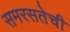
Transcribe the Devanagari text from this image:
समरसतेची